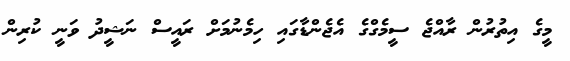
މީގެ އިތުރުން ރާއްޖެ ސީމެގްގެ އެޖެންޑާގައި ހިމެނުމަށް ރައީސް ނަޝީދު ވަނީ ކުރިން